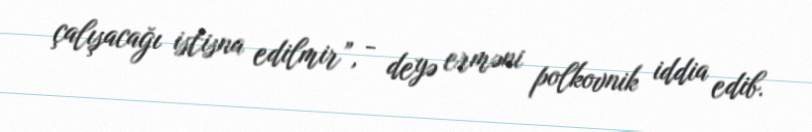
çalışacağı istisna edilmir”, - deyə erməni polkovnik iddia edib.